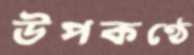
উপকণ্ঠে